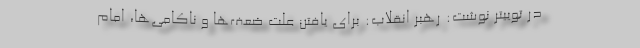
در توییتر نوشت: رهبر انقلاب: برای یافتن علت ضعف‌ها و ناکامی‌ها، امام